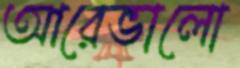
আরেভালো